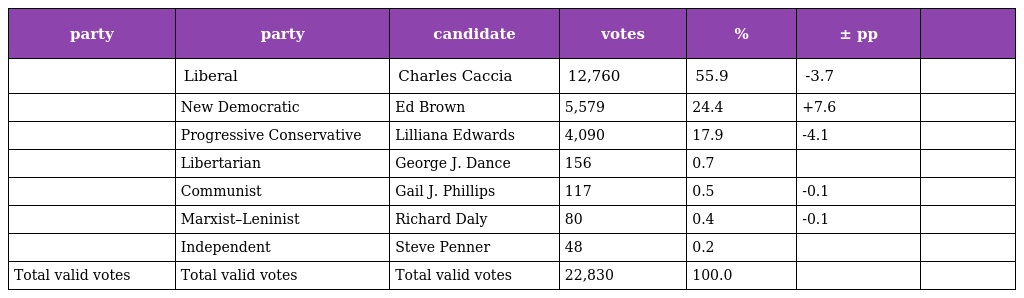
| party | party | candidate | votes | % | ± pp |  |
 | --- | --- | --- | --- | --- | --- | --- |
 |  | Liberal | Charles Caccia | 12,760 | 55.9 | -3.7 |  |
 |  | New Democratic | Ed Brown | 5,579 | 24.4 | +7.6 |  |
 |  | Progressive Conservative | Lilliana Edwards | 4,090 | 17.9 | -4.1 |  |
 |  | Libertarian | George J. Dance | 156 | 0.7 |  |  |
 |  | Communist | Gail J. Phillips | 117 | 0.5 | -0.1 |  |
 |  | Marxist–Leninist | Richard Daly | 80 | 0.4 | -0.1 |  |
 |  | Independent | Steve Penner | 48 | 0.2 |  |  |
 | Total valid votes | Total valid votes | Total valid votes | 22,830 | 100.0 |  |  |